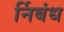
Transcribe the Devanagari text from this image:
र्निबंध